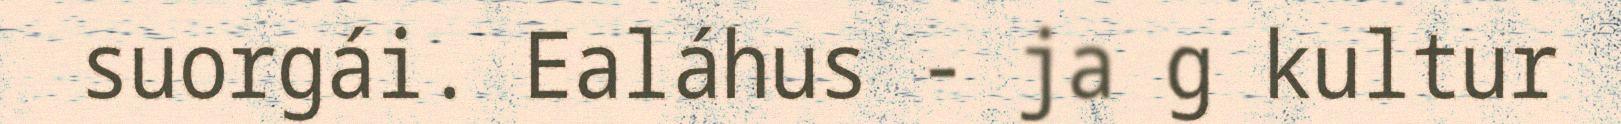
suorgái. Ealáhus - ja g kultur